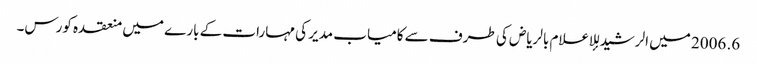
6. 2006 میں الرشید للإعلام بالریاض کی طرف سے کامیاب مدیر کی مہارات کے بارے میں منعقدہ کورس۔